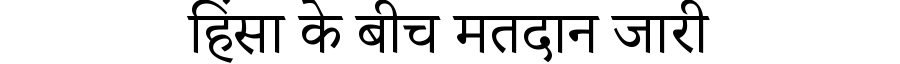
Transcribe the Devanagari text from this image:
हिंसा के बीच मतदान जारी